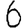
Digit: 6